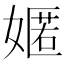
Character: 嫟